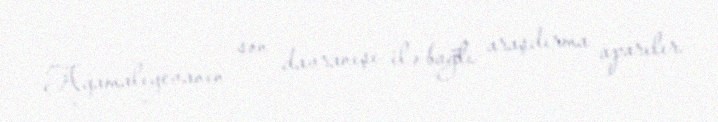
Ağamalıyevanın son davranışı ilə bağlı araşdırma aparılır.